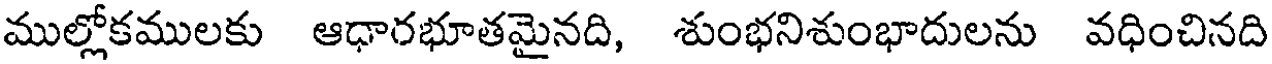
ముల్లోకములకు ఆధారభూతమైనది, శుంభనిశుంభాదులను వధించినది